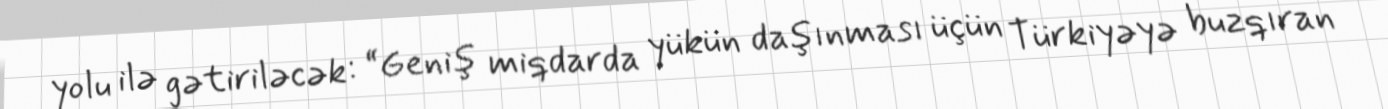
yolu ilə gətiriləcək: “Geniş miqdarda yükün daşınması üçün Türkiyəyə buzqıran